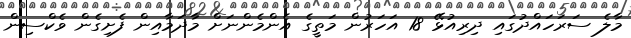
މާލެ ސަރަހައްދުގައި ދިރިއުޅޭ 18 އަހަރުން މަތީގެ އެންމެންނަށް މާދަމާއިން ފެށިގެން ވެކްސިން